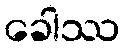
ခေါဿ